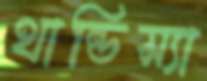
থান্ডিস্যা